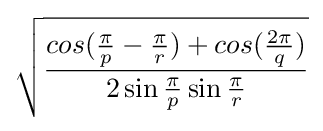
{\sqrt {\frac {cos({\frac {\pi }{p}}-{\frac {\pi }{r}})+cos({\frac {2\pi }{q}})}{2\sin {\frac {\pi }{p}}\sin {\frac {\pi }{r}}}}}